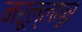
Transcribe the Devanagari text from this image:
नरूल्लापुर